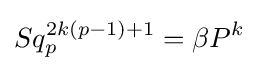
Sq_{p}^{2k(p-1)+1}=\beta P^{k}